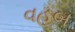
વહબ